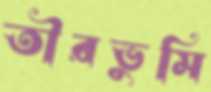
তীরভুমি